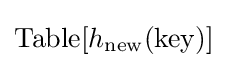
\mathrm {Table} [h_{\text{new}}(\mathrm {key} )]